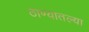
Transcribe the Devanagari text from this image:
ठाण्यातल्या